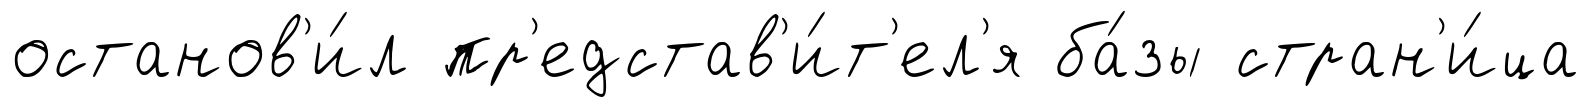
останов'и́л пр'едстав'и́т'ел'я ба́зы стран'и́ца